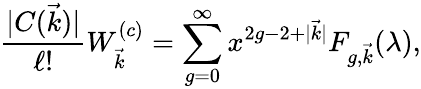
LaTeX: {\frac{|C(\vec{k})|}{\ell!}}W_{\vec{k}}^{(c)}=\sum_{g=0}^{\infty}x^{2g-2+|\vec{k}|}F_{g,\vec{k}}(\lambda),